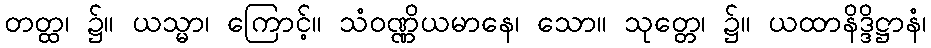
တတ္ထ၊ ၌။ ယသ္မာ၊ ကြောင့်။ သံဝဏ္ဏိယမာနေ၊ သော။ သုတ္တေ၊ ၌။ ယထာနိဒ္ဒိဋ္ဌာနံ၊